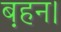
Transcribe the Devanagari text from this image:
ब़हन।